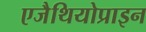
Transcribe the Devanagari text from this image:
एजैथियोप्राइन